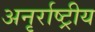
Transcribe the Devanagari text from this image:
अनृर्राष्ट्रीय